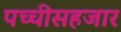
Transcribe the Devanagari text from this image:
पच्चीसहजार